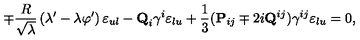
\mp { \frac { R } { \sqrt { \lambda } } } \left( \lambda ^ { \prime } - \lambda \varphi ^ { \prime } \right) \varepsilon _ { u l } - { \bf Q } _ { i } \gamma ^ { i } \varepsilon _ { l u } + { \frac { 1 } { 3 } } ( { \bf P } _ { i j } \mp 2 i { \bf Q } ^ { i j } ) \gamma ^ { i j } \varepsilon _ { l u } = 0 ,